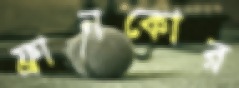
ফ্রানকোর